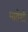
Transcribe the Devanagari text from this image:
पारोशी